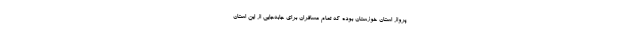
پرواز استان خوزستان بوده که تمام مسافران برای جابه‌جایی از این استان